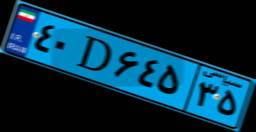
۲۳D۲۶۸۳۶